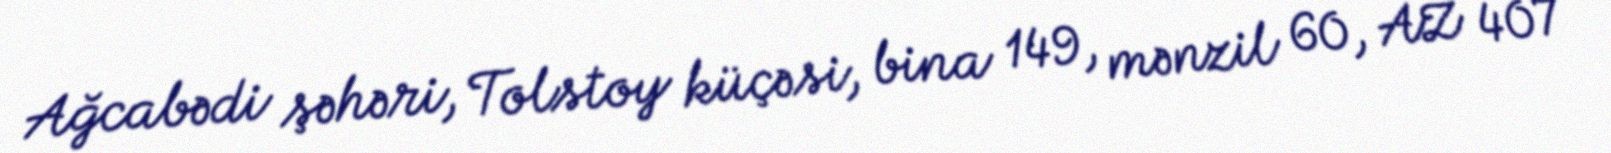
Ağcabədi şəhəri, Tolstoy küçəsi, bina 149, mənzil 60, AZ 407